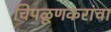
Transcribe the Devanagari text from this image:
चिपळूणकरांचा